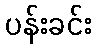
ပန်းခင်း